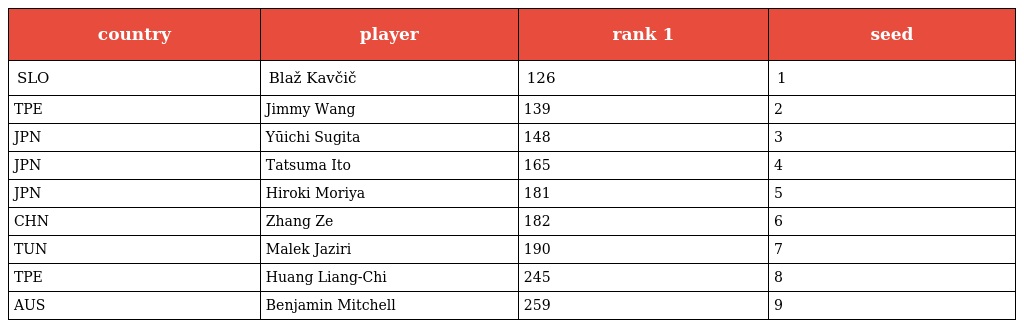
| country | player | rank 1 | seed |
 | --- | --- | --- | --- |
 | SLO | Blaž Kavčič | 126 | 1 |
 | TPE | Jimmy Wang | 139 | 2 |
 | JPN | Yūichi Sugita | 148 | 3 |
 | JPN | Tatsuma Ito | 165 | 4 |
 | JPN | Hiroki Moriya | 181 | 5 |
 | CHN | Zhang Ze | 182 | 6 |
 | TUN | Malek Jaziri | 190 | 7 |
 | TPE | Huang Liang-Chi | 245 | 8 |
 | AUS | Benjamin Mitchell | 259 | 9 |